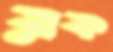
রক